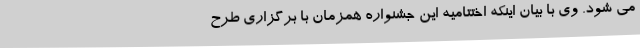
می شود. وی با بیان اینکه اختتامیه این جشنواره همزمان با برگزاری طرح